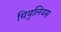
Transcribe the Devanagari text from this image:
ग्रियुलियस